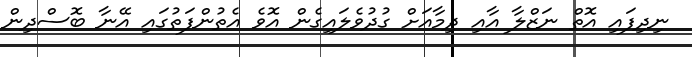
ނިދިފައި އޮތް ނަޒްލާ އާއި ދިމާއަށް ގުދުވެލައިގެން އޮވެ އެތުންފަތުގައި އޭނާ ބޮސްދިން